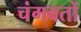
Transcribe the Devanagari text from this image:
चंगवतों